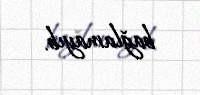
bağlamayıb.